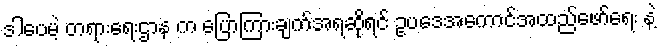
ဒါပေမဲ့ တရားရေးဌာန က ပြောကြားချက်အရဆိုရင် ဥပဒေအကောင်အထည်ဖော်ရေး နဲ့